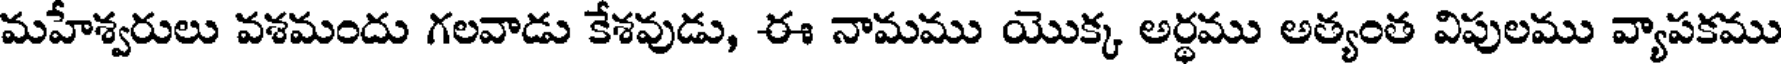
మహేశ్వరులు వశమందు గలవాడు కేశవుడు, ఈ నామము యొక్క అర్థము అత్యంత విపులము వ్యాపకము